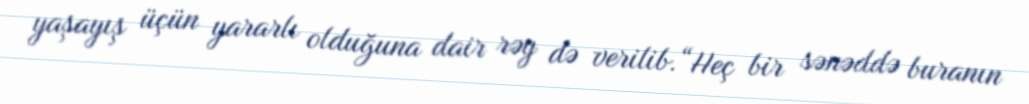
yaşayış üçün yararlı olduğuna dair rəy də verilib.“Heç bir sənəddə buranın